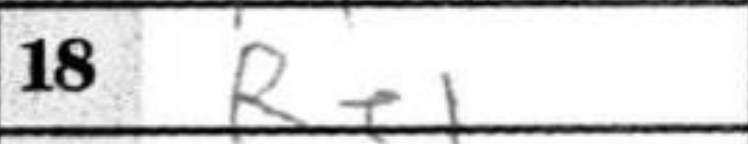
Transcription: Re1